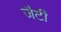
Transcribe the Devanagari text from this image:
जैटी